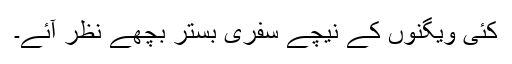
کئی ویگنوں کے نیچے سفری بستر بچھے نظر آئے۔